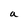
Character: a